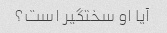
آیا او سختگیر است؟